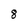
Character: 8